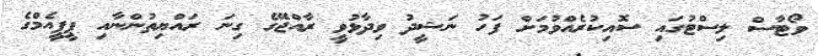
ވޯޓާސް ލިސްޓުގައި ސޮއިކުރެއްވުމަށް ފަހު ނަޝީދު ވިދާޅުވީ ރާއްޖޭގެ ގިނަ ރައްޔިތުންނާއި ޕީޕީއެމްގެ